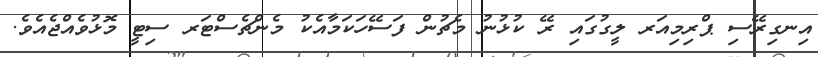
އިނގިރޭސި ޕްރިމިއަރ ލީގުގައި ރޭ ކުޅުނު މެޗުން ފަސޭހަކަމާއެކު މެންޗެސްޓަރ ސިޓީ މޮޅުވެއްޖެއެވެ.